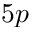
5 p